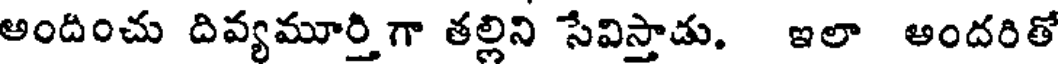
అందించు దివ్యమూర్తి గా తల్లిని సేవిస్తాడు. ఇలా అందరితో